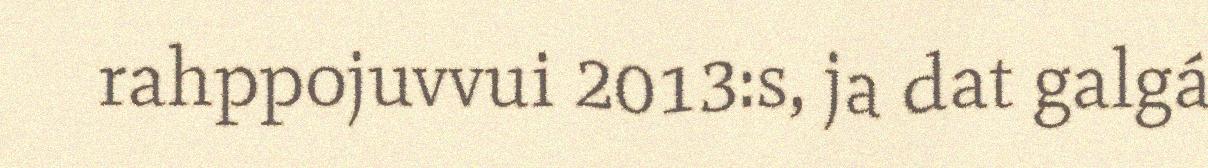
rahppojuvvui 2013:s, ja dat galgá